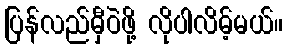
ပြန်လည်မှီဝဲဖို့ လိုပါလိမ့်မယ်။